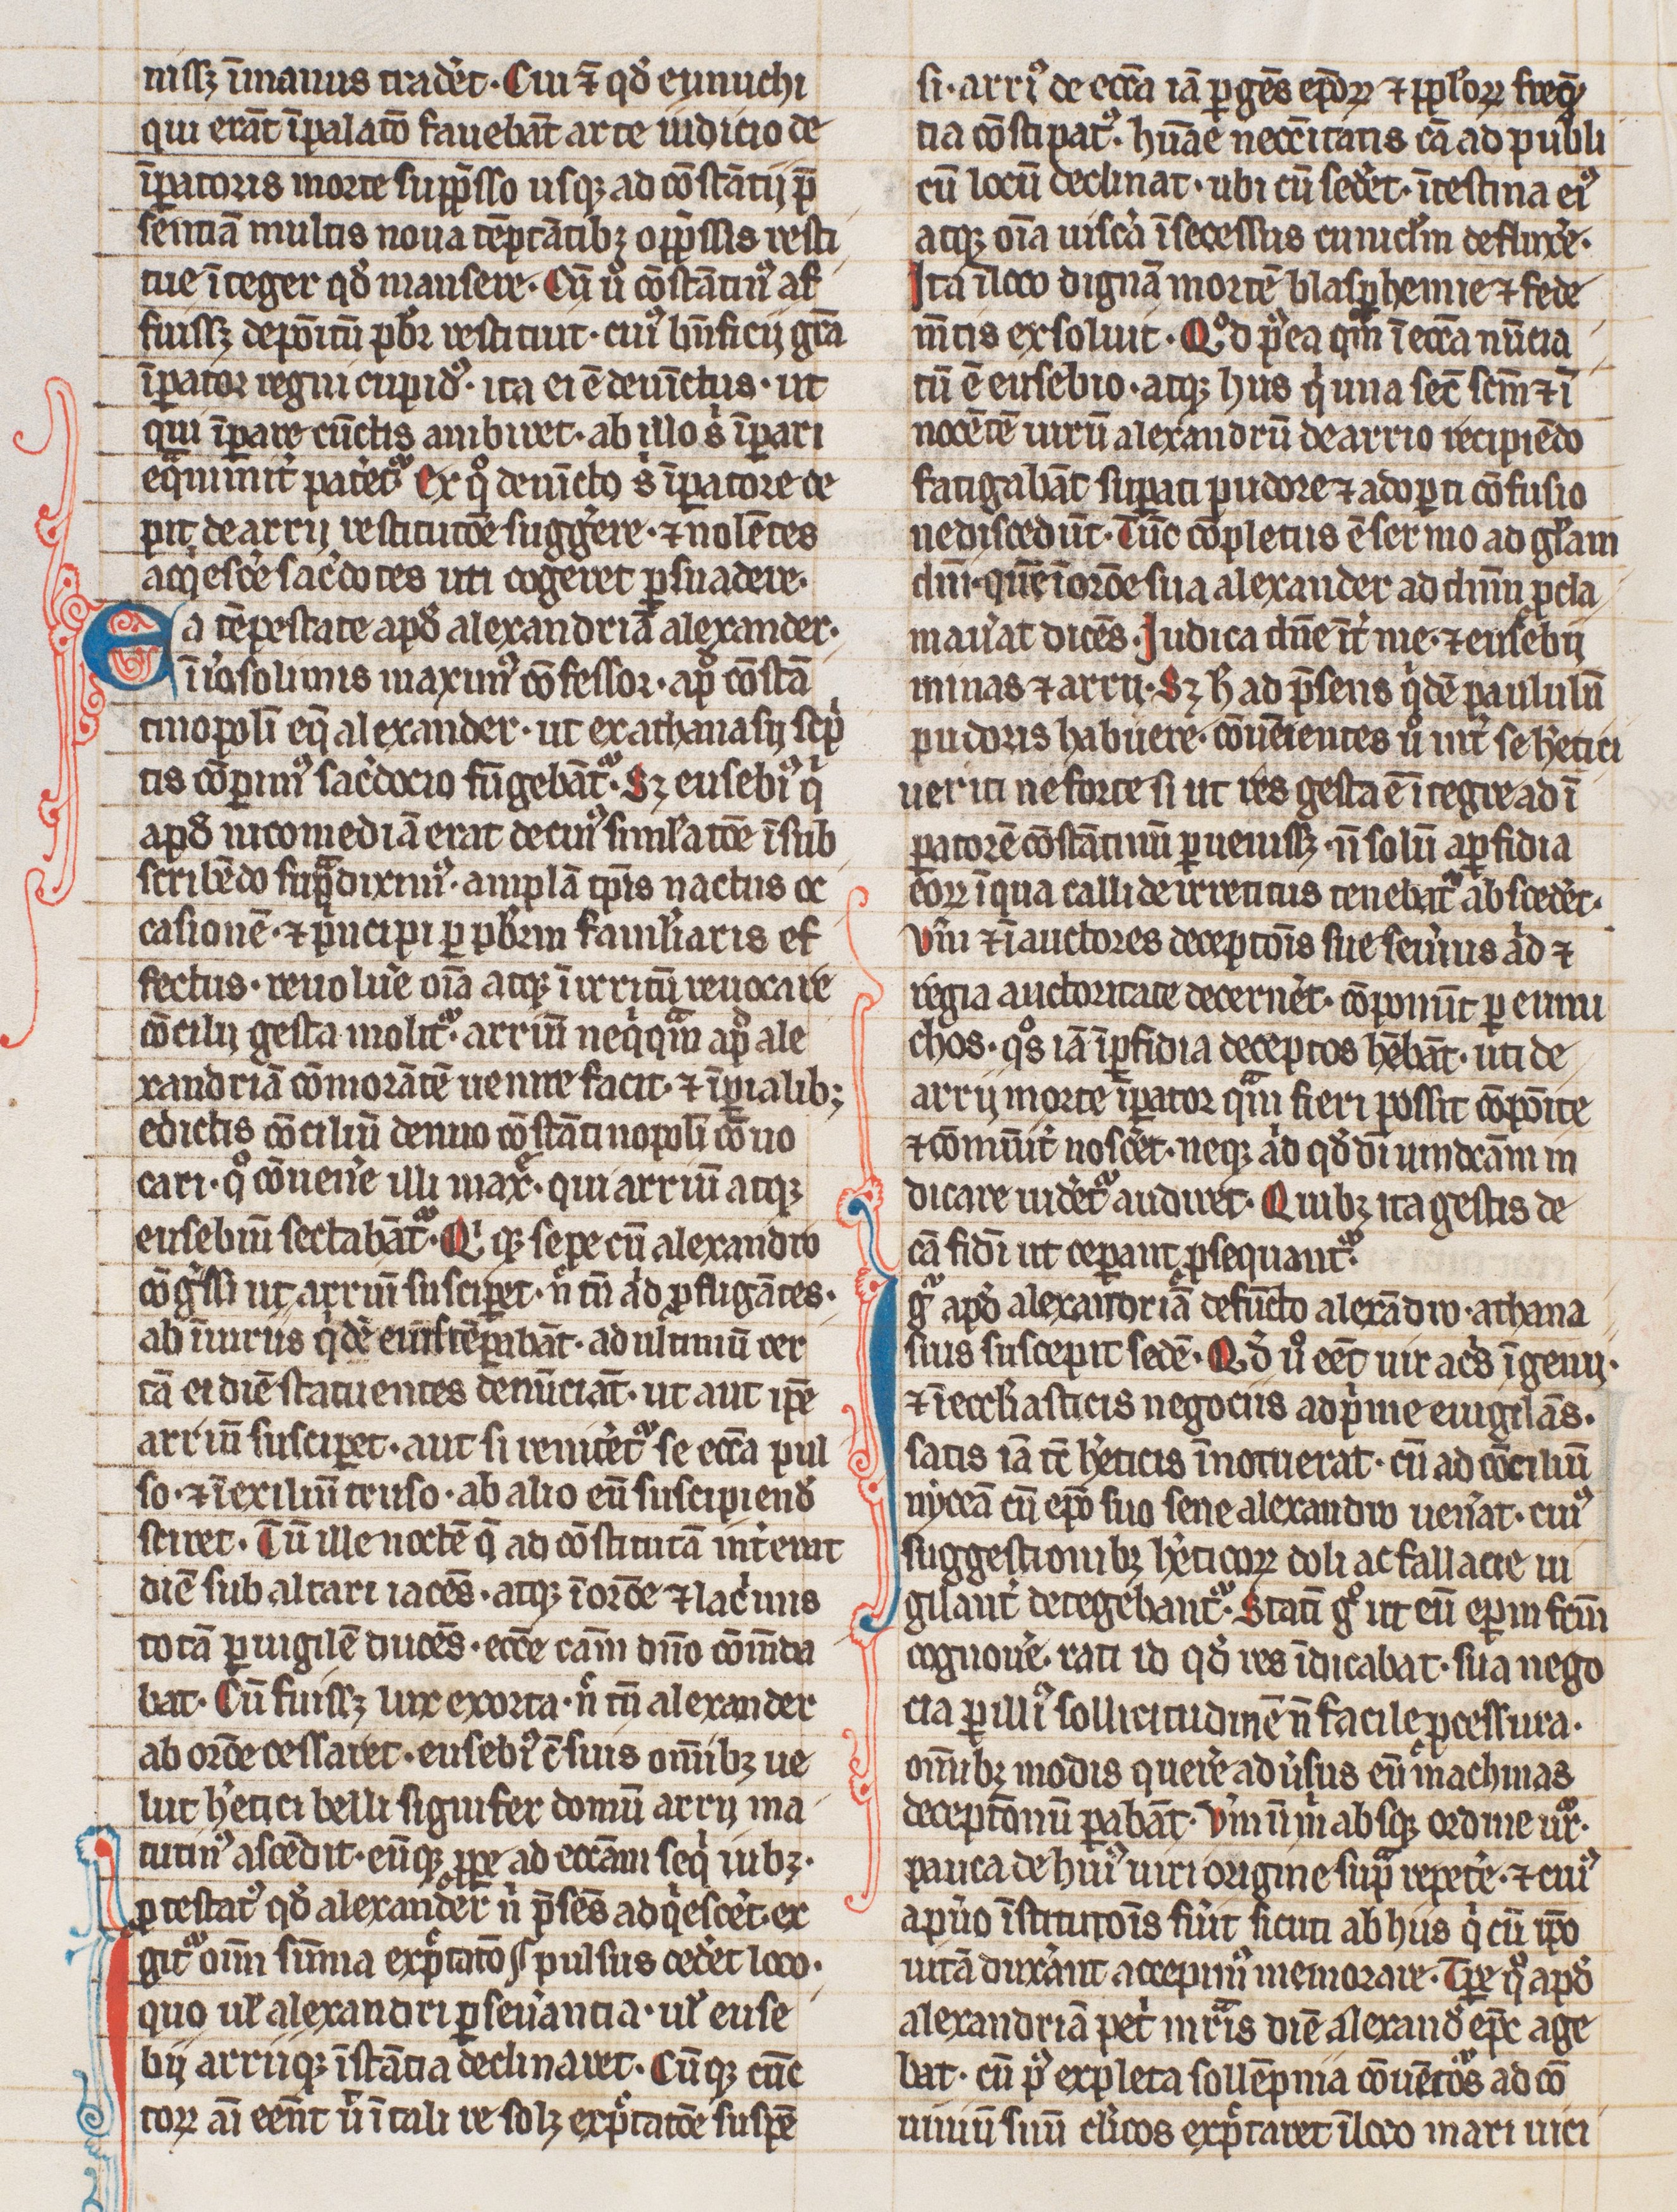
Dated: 1300–1399